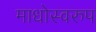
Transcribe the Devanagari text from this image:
माधोस्वरुप